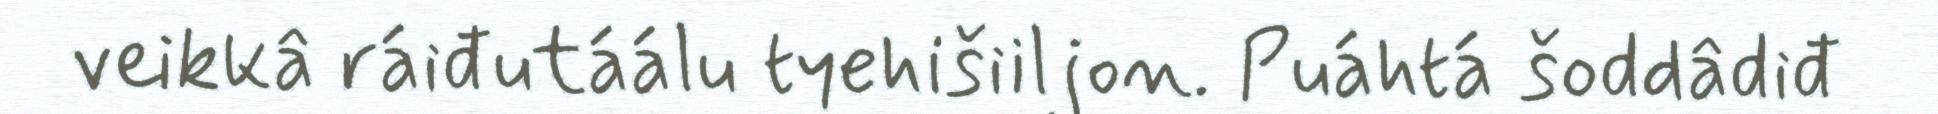
veikkâ ráiđutáálu tyehišiiljon. Puáhtá šoddâdiđ